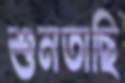
শুনতাছি